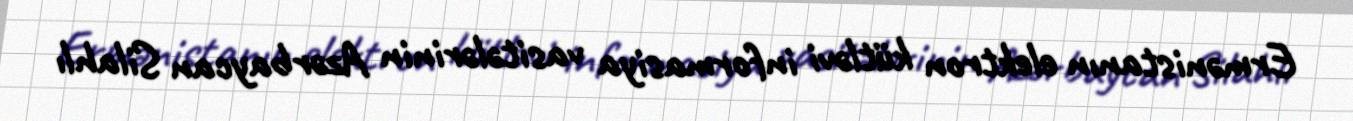
Ermənistanın elektron kütləvi informasiya vasitələrinin Azərbaycan Silahlı